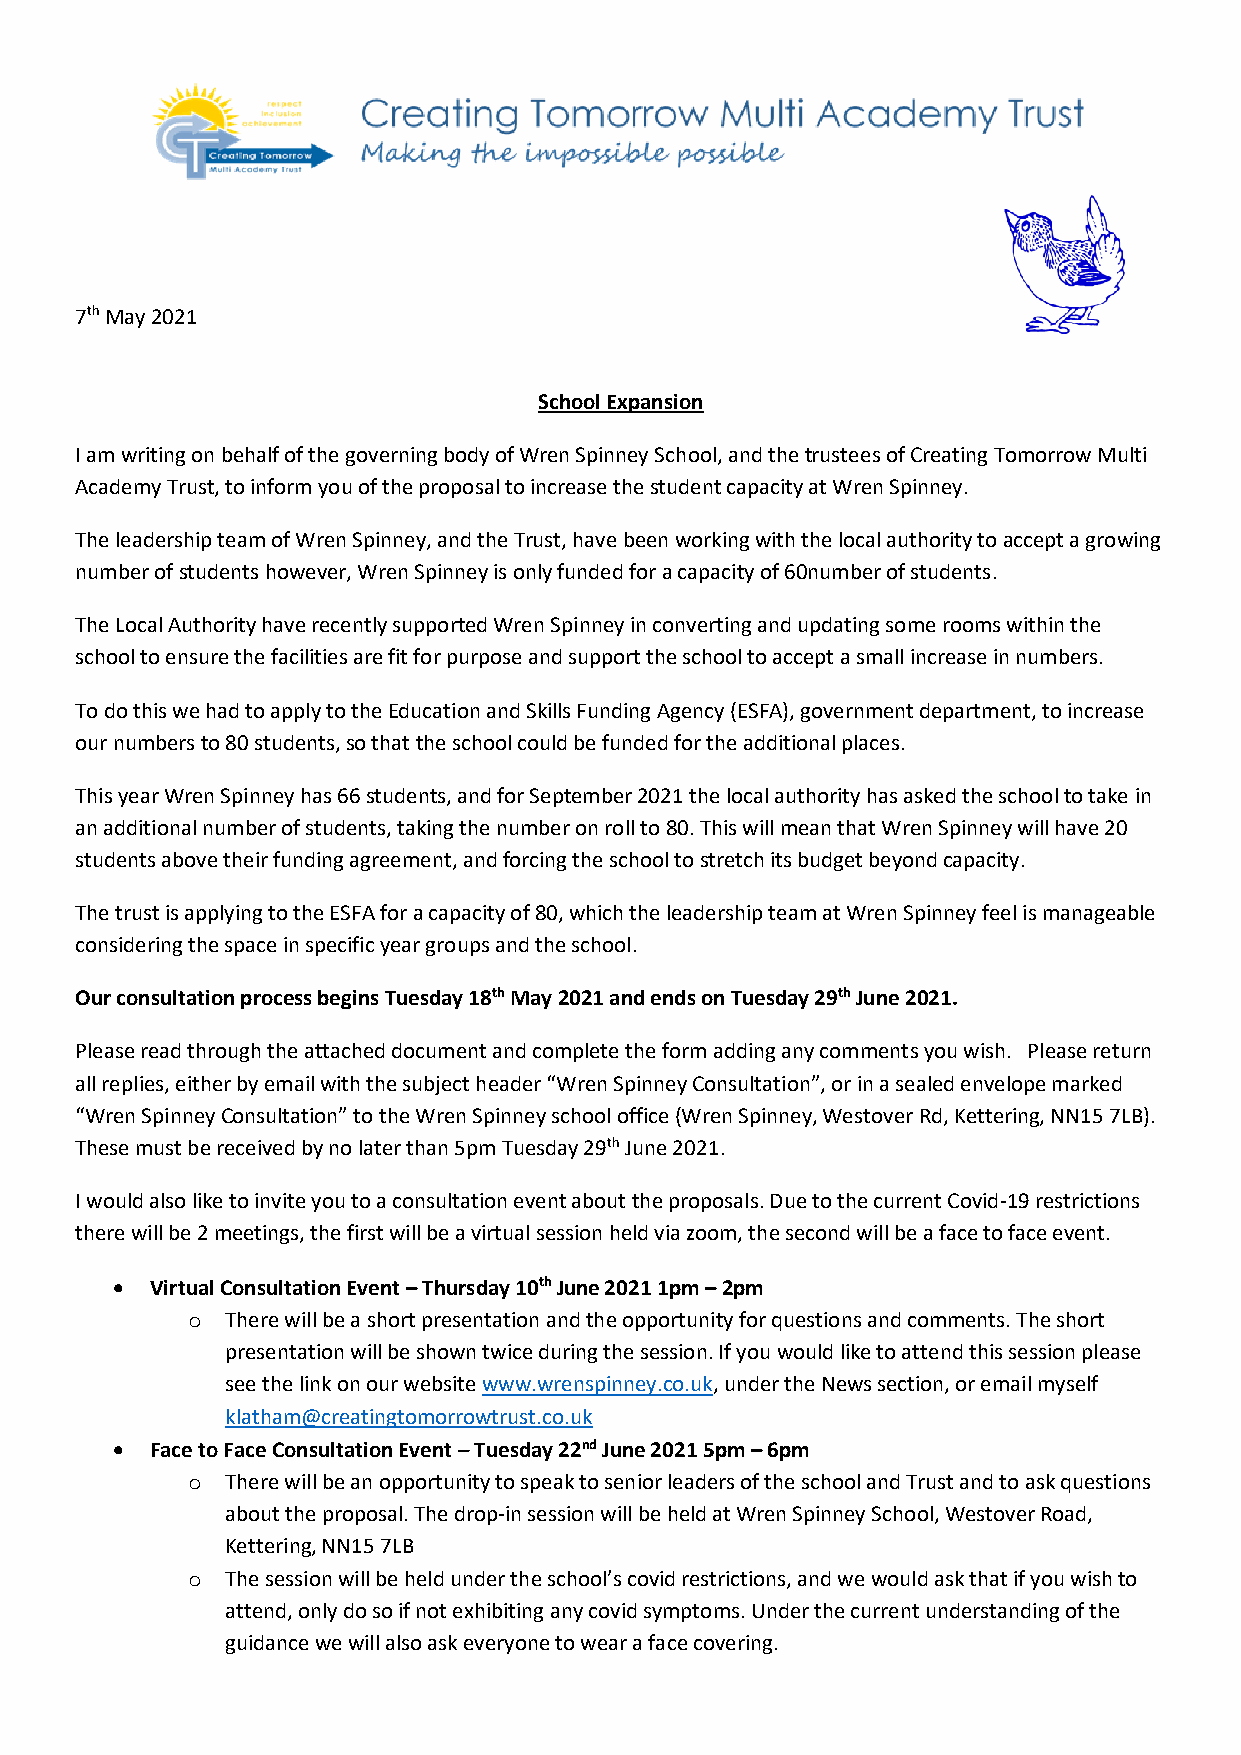
7th May 2021
 School Expansion
 I am writing on behalf of the governing body of Wren Spinney School, and the trustees of Creating Tomorrow Multi
 Academy Trust, to inform you of the proposal to increase the student capacity at Wren Spinney.
 The leadership team of Wren Spinney, and the Trust, have been working with the local authority to accept a growing
 number of students however, Wren Spinney is only funded for a capacity of 60number of students.
 The Local Authority have recently supported Wren Spinney in converting and updating some rooms within the
 school to ensure the facilities are fit for purpose and support the school to accept a small increase in numbers.
 To do this we had to apply to the Education and Skills Funding Agency (ESFA), government department, to increase
 our numbers to 80 students, so that the school could be funded for the additional places.
 This year Wren Spinney has 66 students, and for September 2021 the local authority has asked the school to take in
 an additional number of students, taking the number on roll to 80. This will mean that Wren Spinney will have 20
 students above their funding agreement, and forcing the school to stretch its budget beyond capacity.
 The trust is applying to the ESFA for a capacity of 80, which the leadership team at Wren Spinney feel is manageable
 considering the space in specific year groups and the school.
 Our consultation process begins Tuesday 18th May 2021 and ends on Tuesday 29th June 2021.
 Please read through the attached document and complete the form adding any comments you wish. Please return
 all replies, either by email with the subject header “Wren Spinney Consultation”, or in a sealed envelope marked
 “Wren Spinney Consultation” to the Wren Spinney school office (Wren Spinney, Westover Rd, Kettering, NN15 7LB).
 These must be received by no later than 5pm Tuesday 29th June 2021.
 I would also like to invite you to a consultation event about the proposals. Due to the current Covid-19 restrictions
 there will be 2 meetings, the first will be a virtual session held via zoom, the second will be a face to face event.
 •  Virtual Consultation Event – Thursday 10th June 2021 1pm – 2pm
 o  There will be a short presentation and the opportunity for questions and comments. The short
 presentation will be shown twice during the session. If you would like to attend this session please
 see the link on our website www.wrenspinney.co.uk, under the News section, or email myself
 klatham@creatingtomorrowtrust.co.uk
 •  Face to Face Consultation Event – Tuesday 22nd June 2021 5pm – 6pm
 o  There will be an opportunity to speak to senior leaders of the school and Trust and to ask questions
 about the proposal. The drop-in session will be held at Wren Spinney School, Westover Road,
 Kettering, NN15 7LB
 o  The session will be held under the school’s covid restrictions, and we would ask that if you wish to
 attend, only do so if not exhibiting any covid symptoms. Under the current understanding of the
 guidance we will also ask everyone to wear a face covering.